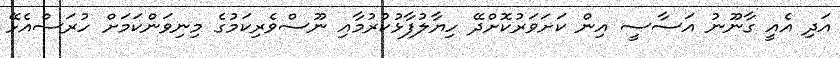
އަދި އެއީ ގާނޫނު އަސާސީ އިން ކަށަވަރުކޮށްދޭ ހިޔާލުފާޅުކުރުމާއި ނޫސްވެރިކަމުގެ މިނިވަންކަމަށް ހުރަސްއެޅޭ